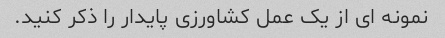
نمونه ای از یک عمل کشاورزی پایدار را ذکر کنید.